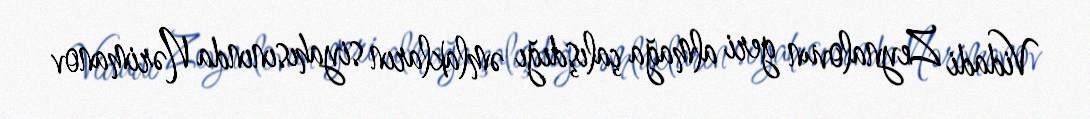
Vidadi Zeynalovun geri almağa çalışdığı əmlakların siyahısınında Nərimanov